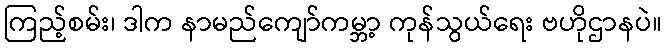
ကြည့်စမ်း၊ ဒါက နာမည်ကျော်ကမ္ဘာ့ ကုန်သွယ်ရေး ဗဟိုဌာနပဲ။